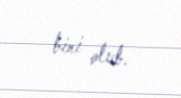
biri olub.